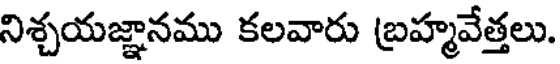
నిశ్చయజ్ఞానము కలవారు బ్రహ్మవేత్తలు.